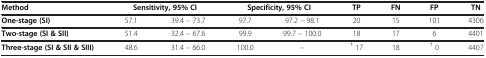
| Method | <COLSPAN=2> Sensitivity, 95% CI | <COLSPAN=2> Specificity, 95% CI | TP | FN | FP | TN |
 | --- | --- | --- | --- | --- | --- | --- | --- | --- |
 | One-stage (SI) | 57.1 | 39.4 – 73.7 | 97.7 | 97.2 – 98.1 | 20 | 15 | 101 | 4306 |
 | Two-stage (SI & SII) | 51.4 | 32.4 – 67.6 | 99.9 | 99.7 – 100.0 | 18 | 17 | 6 | 4401 |
 | Three-stage (SI & SII & SIII) | 48.6 | 31.4 – 66.0 | 100.0 | – | † 17 | 18 | † 0 | 4407 |